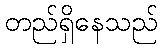
တည်ရှိနေသည်